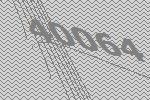
40064